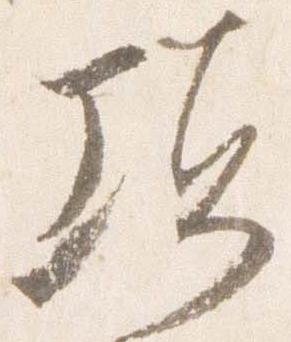
頃